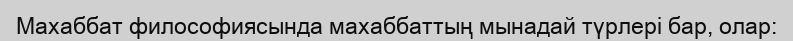
Махаббат философиясында махаббаттың мынадай түрлері бар, олар: